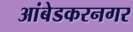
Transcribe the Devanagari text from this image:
आंबेडकरनगर